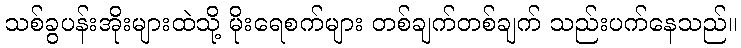
သစ်ခွပန်းအိုးများထဲသို့ မိုးရေစက်များ တစ်ချက်တစ်ချက် သည်းပက်နေသည်။